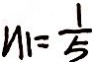
N _ { 1 } = \frac { 1 } { 5 }